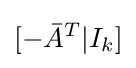
[-{\bar {A}}^{T}|I_{k}]